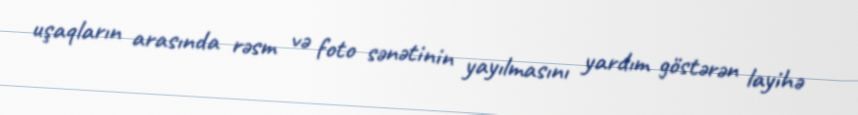
uşaqların arasında rəsm və foto sənətinin yayılmasını yardım göstərən layihə